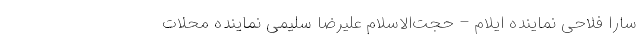
سارا فلاحی نماینده ایلام – حجت‌الاسلام علیرضا سلیمی نماینده محلات